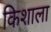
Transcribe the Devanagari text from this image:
किशाला